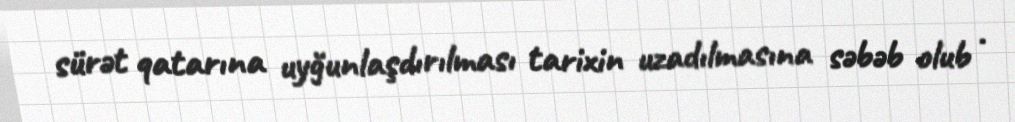
sürət qatarına uyğunlaşdırılması tarixin uzadılmasına səbəb olub .